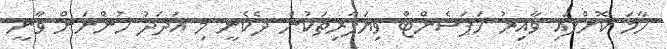
ހާމަ ކޮށްފައި ވާއިރު ހަޕަސެންޓް ވިޔަފާރިތަކުން ދެކެނީ މި އަދަދު ހުންނަން ވާނީ